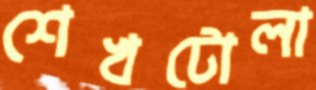
শেখটোলা